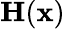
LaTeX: {\mathbf H}({\mathbf x})